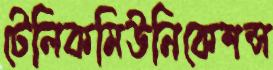
টেলিকমিউনিকেশন্স